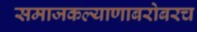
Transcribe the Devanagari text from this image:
समाजकल्याणाबरोबरच